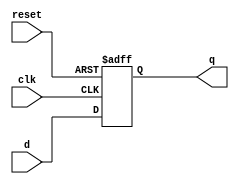
module d_flip_flop (
    input wire clk,
    input wire reset,
    input wire d,
    output reg q
);

always @(posedge clk or posedge reset) begin
    if (reset) begin
        q <= 1'b0;
    end else begin
        q <= d;
    end
end

endmodule